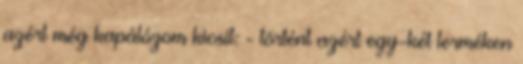
azért még kapálózom kicsit: - történt azért egy-két terméken